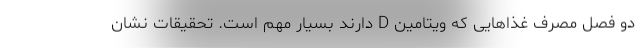
دو فصل مصرف غذاهایی که ویتامین D دارند بسیار مهم است. تحقیقات نشان